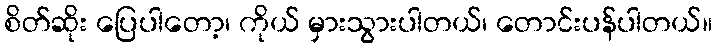
စိတ်ဆိုး ပြေပါတော့၊ ကိုယ် မှားသွားပါတယ်၊ တောင်းပန်ပါတယ်။